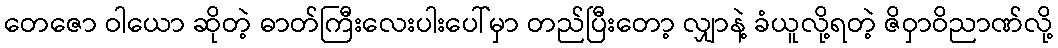
တေဇော ဝါယော ဆိုတဲ့ ဓာတ်ကြီးလေးပါးပေါ်မှာ တည်ပြီးတော့ လျှာနဲ့ ခံယူလို့ရတဲ့ ဇိဝှာဝိညာဏ်လို့